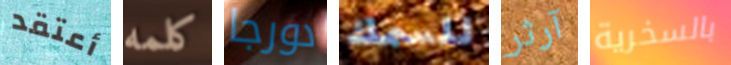
أعتقد كلمه دورجا للسمك آرثر بالسخرية